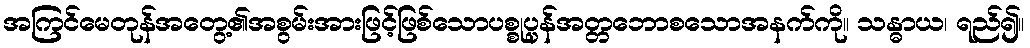
အကြင်မေတုန်အတွေ့၏အစွမ်းအားဖြင့်ဖြစ်သောပစ္စုပ္ပန်အတ္တဘောစသောအနက်ကို။ သန္ဓာယ၊ ရည်၍။